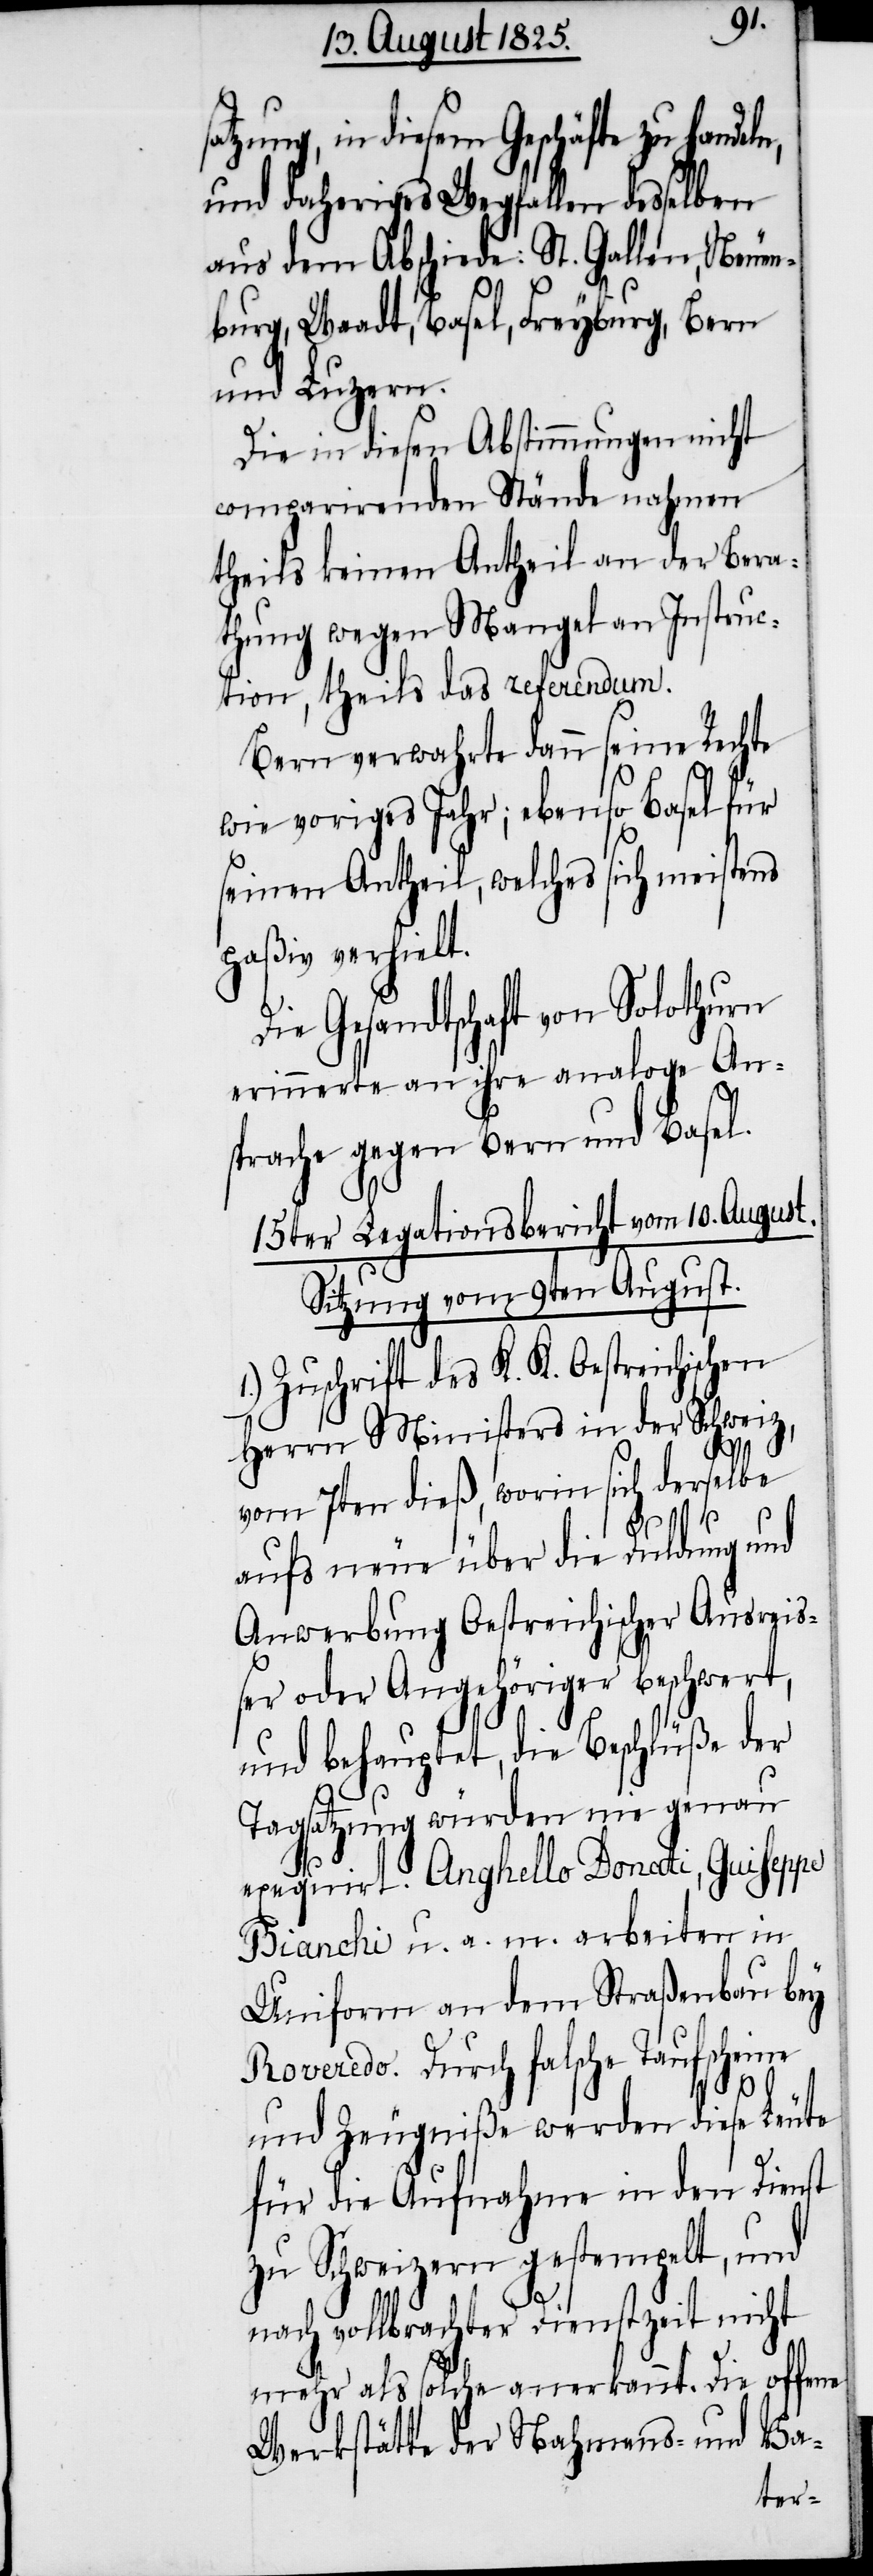
atzung, in diesem Geschäfte zu hande¬
und daheriges Wegfallen desselben
aus dem Abschiede: St. Gallen, Neuen¬
burg, Waadt, Basel, Freyburg, Bern
und Luzern.
Die in diesen Abstimmungen nicht
comparirenden Stände nahmen
theils keinen Antheil an der Bera¬
thung wegen Mangel an Instruc¬
tion, theils das Referendum.
Bern verwahrte dann seine Rechte
wie voriges Jahr; ebenso Basel für
seinen Antheil, welches sich meistens
paßiv verhielt.
Die Gesandtschaft von Solothurn
erinnerte an ihre analoge An¬
sprache gegen Bern und Basel.
15ter Legationsbericht vom 10. August.
Sitzung vom 9ten August.
Zuschrift des K. K. Oestreichischen
Herrn Ministers in der Schweiz,
vom 7ten dieß, worin sich derselbe
aufs neue über die Duldung und
Anwerbung Oestreichischer Ausreis¬
ser oder Angehöriger beschwert,
und behauptet, die Beschlüße der
1.)
Tagsatzung würden nie genau
exequirt. Anghello Donati, Guiseppe
Bianchi u. a. m. arbeiten in
Uniform an dem Straßenbau bey
Roveredo. Durch falsche Taufscheine
s¬
und Zeugniße werden diese Leute
für die Aufnahme in den Dienst
zu Schweizern gestempelt, und
nach vollbrachter Dienstzeit nicht
mehr als solche anerkannt. Die offene
Werkstätte der Nahmens- und Va-